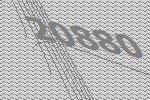
20880